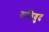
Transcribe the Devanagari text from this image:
बालिवुद